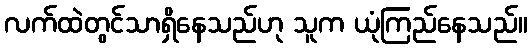
လက်ထဲတွင်သာရှိနေသည်ဟု သူက ယုံကြည်နေသည်။